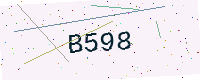
Text: B598